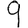
Digit: 9